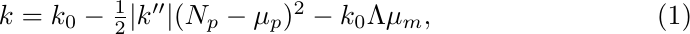
\begin{equation}
k = k_0- \textstyle\frac{1}{2}|k''|(N_p-\mu_p)^2 - k_0\Lambda \mu_m,
\end{equation}